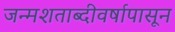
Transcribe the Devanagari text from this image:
जन्मशताब्दीवर्षापासून